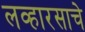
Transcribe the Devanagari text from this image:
लव्हारसाचे